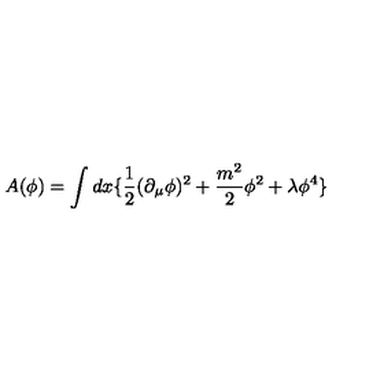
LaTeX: A ( \phi ) = \int d x \{ \frac { 1 } { 2 } ( \partial _ { \mu } \phi ) ^ { 2 } + \frac { m ^ { 2 } } { 2 } \phi ^ { 2 } + \lambda \phi ^ { 4 } \}